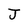
Character: J